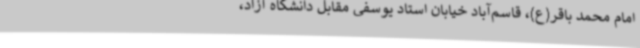
امام محمد باقر(ع)، قاسم‌آباد خیابان استاد یوسفی مقابل دانشگاه آزاد،